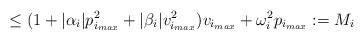
LaTeX: \begin{align*}\le (1+|\alpha_i| p_{i_{max}}^2 + |\beta_i| v_{i_{max}}^2) v_{i_{max}} + \omega_i^2 p_{i_{max}} := M_i\end{align*}